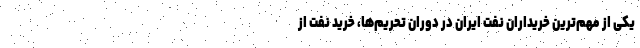
یکی از مهم‌ترین خریداران نفت ایران در دوران تحریم‌ها، خرید نفت از